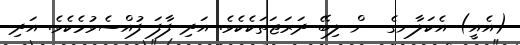
(އެއީ) އެކަލާނގެ  ން ލިބޭ ދަރަޖަތަކެކެވެ. އަދި ފާފަ ފުއްސެވުމެކެވެ. އަދި